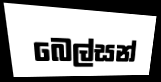
බෙල්සන්